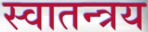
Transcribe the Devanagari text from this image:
स्वातन्त्रय